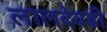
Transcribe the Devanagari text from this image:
लालदेवडी